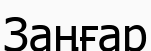
Заңғар